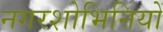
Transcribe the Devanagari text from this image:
नगरशोभिनियों